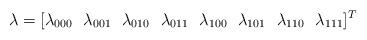
LaTeX: \begin{align*} \lambda = [\lambda_{000}\ \ \lambda_{001}\ \ \lambda_{010}\ \ \lambda_{011}\ \ \lambda_{100}\ \ \lambda_{101}\ \ \lambda_{110}\ \ \lambda_{111}]^T\end{align*}